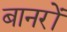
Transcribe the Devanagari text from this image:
बानरों